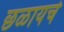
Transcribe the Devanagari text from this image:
छळायचे